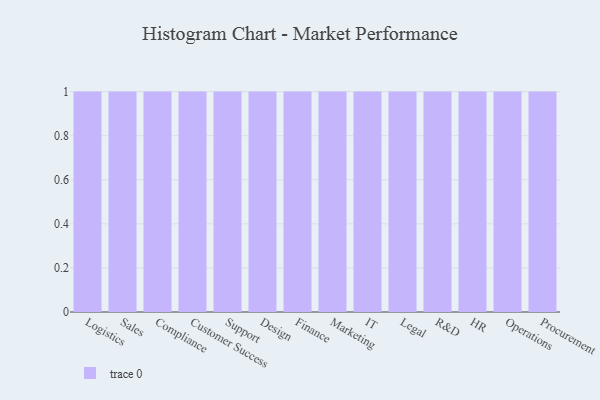
{"axis": {"x": "Department", "y": "Population (Million)"}, "legend": [""], "data": [{"x": "Logistics", "y": 34, "type": ""}, {"x": "Sales", "y": 87, "type": ""}, {"x": "Compliance", "y": 31, "type": ""}, {"x": "Customer Success", "y": 58, "type": ""}, {"x": "Support", "y": 16, "type": ""}, {"x": "Design", "y": 14, "type": ""}, {"x": "Finance", "y": 64, "type": ""}, {"x": "Marketing", "y": 62, "type": ""}, {"x": "IT", "y": 40, "type": ""}, {"x": "Legal", "y": 27, "type": ""}, {"x": "R&D", "y": 48, "type": ""}, {"x": "HR", "y": 34, "type": ""}, {"x": "Operations", "y": 22, "type": ""}, {"x": "Procurement", "y": 79, "type": ""}]}